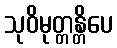
သုဝိမုတ္တန္တိပေ